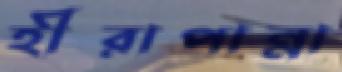
হীরাপান্না